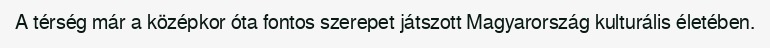
A térség már a középkor óta fontos szerepet játszott Magyarország kulturális életében.